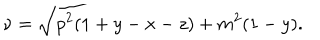
\nu = \sqrt { p ^ { 2 } ( 1 + y - x - z ) + m ^ { 2 } ( 1 - y ) } .